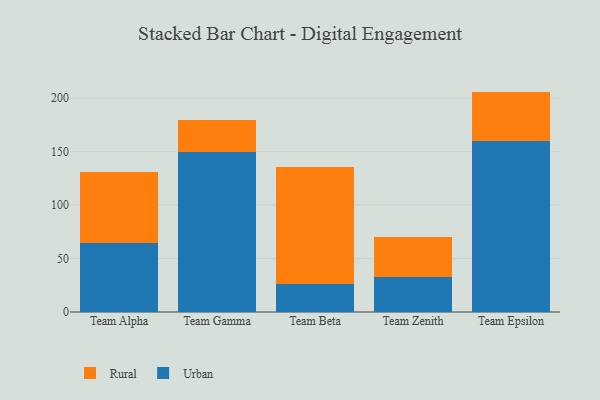
{"axis": {"x": "Team", "y": "Population (Million)"}, "legend": ["Rural", "Urban"], "data": [{"x": "Team Alpha", "y": 64.2, "type": "Urban"}, {"x": "Team Alpha", "y": 66.5, "type": "Rural"}, {"x": "Team Gamma", "y": 149.4, "type": "Urban"}, {"x": "Team Gamma", "y": 30.3, "type": "Rural"}, {"x": "Team Beta", "y": 26.4, "type": "Urban"}, {"x": "Team Beta", "y": 109.5, "type": "Rural"}, {"x": "Team Zenith", "y": 32.6, "type": "Urban"}, {"x": "Team Zenith", "y": 37.9, "type": "Rural"}, {"x": "Team Epsilon", "y": 159.9, "type": "Urban"}, {"x": "Team Epsilon", "y": 46.3, "type": "Rural"}]}